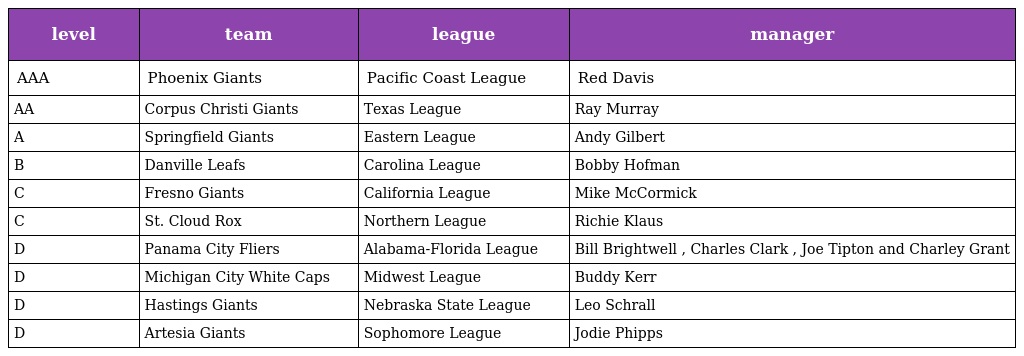
| level | team | league | manager |
 | --- | --- | --- | --- |
 | AAA | Phoenix Giants | Pacific Coast League | Red Davis |
 | AA | Corpus Christi Giants | Texas League | Ray Murray |
 | A | Springfield Giants | Eastern League | Andy Gilbert |
 | B | Danville Leafs | Carolina League | Bobby Hofman |
 | C | Fresno Giants | California League | Mike McCormick |
 | C | St. Cloud Rox | Northern League | Richie Klaus |
 | D | Panama City Fliers | Alabama-Florida League | Bill Brightwell , Charles Clark , Joe Tipton and Charley Grant |
 | D | Michigan City White Caps | Midwest League | Buddy Kerr |
 | D | Hastings Giants | Nebraska State League | Leo Schrall |
 | D | Artesia Giants | Sophomore League | Jodie Phipps |